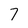
Character: 7